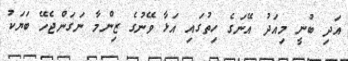
އަދި ބުނީ މިއަދު އޭނަގެ ހިތުގައި އަޅާ ވޭނުގެ ޒިންމާ ނަގަންޖެހޭ ބަޔަކު